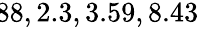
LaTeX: \! \! \! \! \! \! \! \! \! \! \! \! \! \! \! \! \! \! \overline{{\epsilon}}_{r}\! \! =\! \! \{ 1.88,2.3,3.59,8.43\} \! \! \!